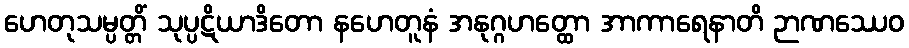
ဟေတုသမ္ပတ္တိံ သုပ္ပဋိယာဒိတော နဟေတူနံ အနုဂ္ဂဟတ္ထော အာကာရေနာတိ ဉာဏဿေဝ